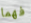
فهما